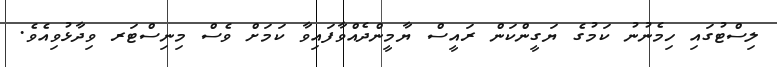
ލިސްޓުގައި ހިމެނުނު ކަމުގެ ޔަގީންކަން ރައީސް ޔާމީންދެއްވާފައިވާ ކަމަށް ވެސް މިނިސްޓަރ ވިދާޅުވިއެވެ.